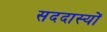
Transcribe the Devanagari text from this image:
सददास्यों